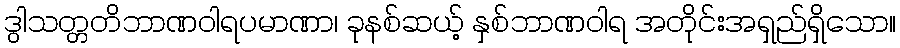
ဒွါသတ္တတိဘာဏဝါရပမာဏာ၊ ခုနစ်ဆယ့် နှစ်ဘာဏဝါရ အတိုင်းအရှည်ရှိသော။